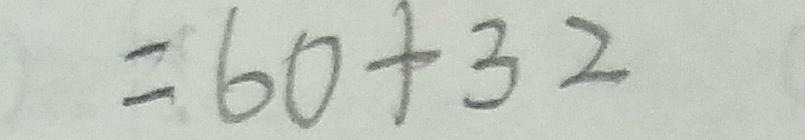
= 6 0 + 3 2